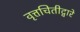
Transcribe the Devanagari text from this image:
वृत्तचितीद्वारे